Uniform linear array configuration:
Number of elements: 4
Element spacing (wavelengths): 0.75
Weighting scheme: hann
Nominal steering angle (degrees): -30
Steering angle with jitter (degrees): -29.333
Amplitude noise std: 0.05
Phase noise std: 0.05

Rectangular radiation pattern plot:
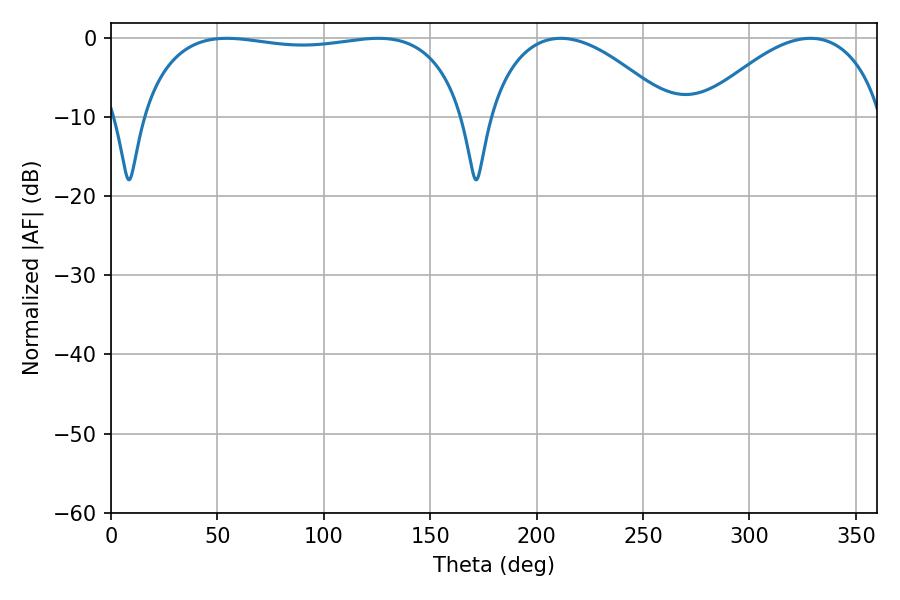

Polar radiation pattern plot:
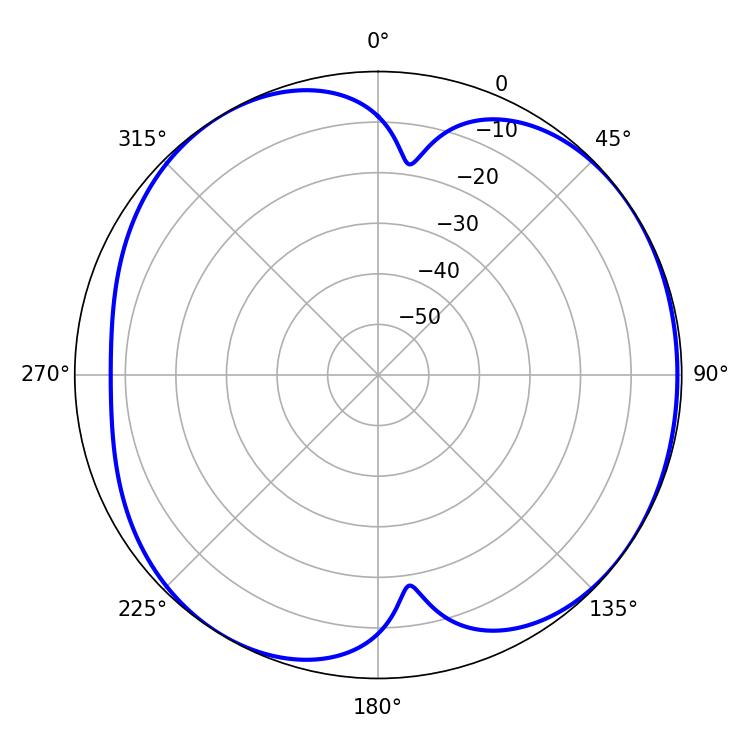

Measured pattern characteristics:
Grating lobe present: TRUE
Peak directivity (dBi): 5.568
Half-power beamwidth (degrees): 48.24
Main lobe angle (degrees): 211.32